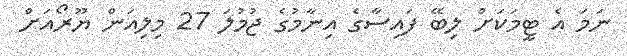
ނަމަ އެ ޓީމަކަށް ލިބޭ ފައިސާގެ އިނާމުގެ ޖުމުލަ 27 މިލިއަން ޔޫރޯއަށް